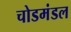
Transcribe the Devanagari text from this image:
चोडमंडल